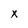
Character: x